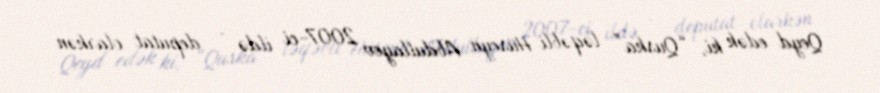
Qeyd edək ki, “Quska” ləqəbli Hüseyn Abdullayev 2007-ci ildə - deputat olarkən